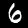
Digit: 6